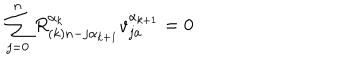
LaTeX: \sum _ { j = 0 } ^ { n } R _ { ( k ) n - j \alpha _ { k + 1 } } ^ { \alpha _ { k } } v _ { j a } ^ { \alpha _ { k + 1 } } = 0